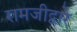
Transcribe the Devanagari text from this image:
रामजीद्वारे